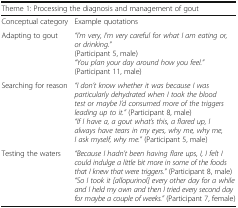
<table><thead><tr><td colspan="2"><b>Theme 1: Processing the diagnosis and management of gout</b></td></tr></thead><tbody><tr><td>Conceptual category</td><td>Example quotations</td></tr><tr><td>Adapting to gout</td><td><i>“I’m very, I’m very careful for what I am eating or, or drinking.”</i>(Participant 5, male)<i>“You plan your day around how you feel.”</i> (Participant 11, male)</td></tr><tr><td>Searching for reason</td><td><i>“I don’t know whether it was because I was particularly dehydrated when I took the blood test or maybe I’d consumed more of the triggers leading up to it.”</i> (Participant 8, male)<i>“If I have a, a gout what’s this, a flared up, I always have tears in my eyes, why me, why me, I ask myself, why me.”</i> (Participant 5, male)</td></tr><tr><td>Testing the waters</td><td><i>“Because I hadn’t been having flare ups, I, I felt I could indulge a little bit more in some of the foods that I knew that were triggers.”</i> (Participant 8, male)<i>“So I took it [allopurinol] every other day for a while and I held my own and then I tried every second day for maybe a couple of weeks.”</i> (Participant 7, female)</td></tr></tbody></table>